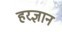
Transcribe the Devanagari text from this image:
हरज्ञान